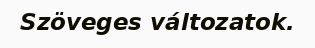
Szöveges változatok.